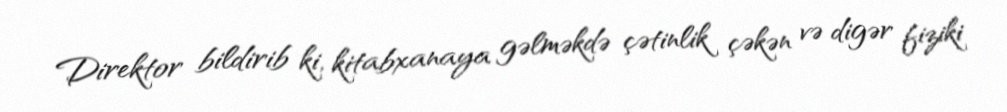
Direktor bildirib ki, kitabxanaya gəlməkdə çətinlik çəkən və digər fiziki